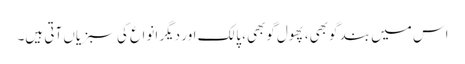
اس میں بند گوبھی، پھول گوبھی، پالک اور دیگر انواع کی سبزیاں آتی ہیں۔